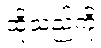
ထိုသည်ကို